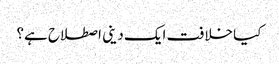
کیا خلافت ایک دینی اصطلاح ہے؟